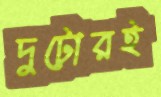
দুটোরই